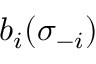
b _ { i } ( \sigma _ { - i } )